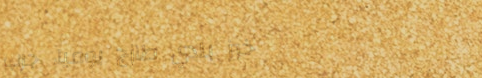
خبز بلدي طازج يومياً، جرب